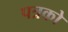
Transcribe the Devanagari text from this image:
पत्रको